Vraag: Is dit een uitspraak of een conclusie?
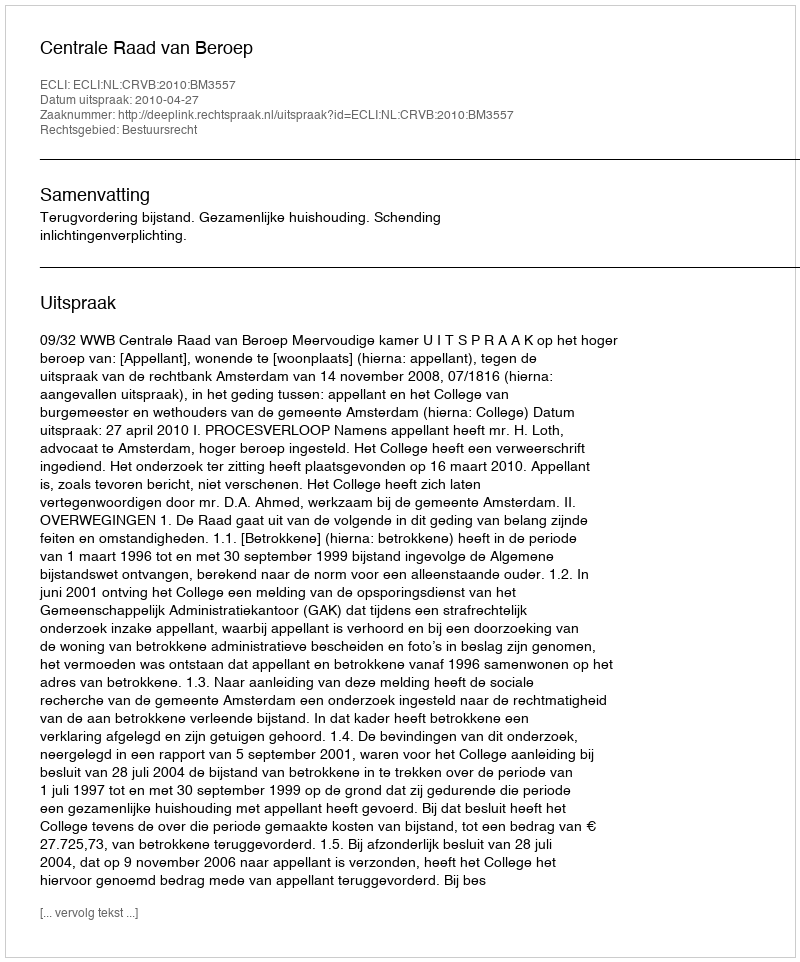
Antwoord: Uitspraak